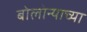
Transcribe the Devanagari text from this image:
बोलोन्याच्या